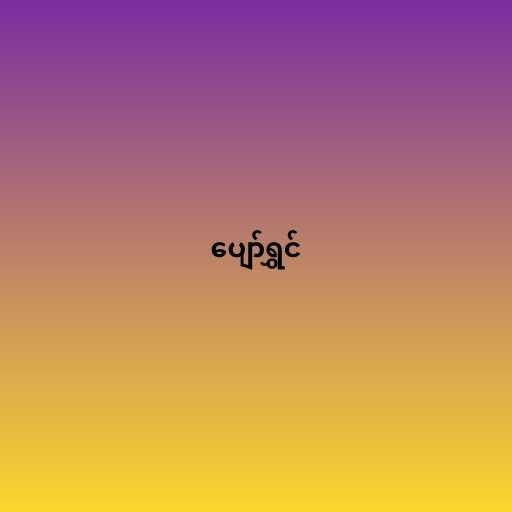
ပျော်ရွှင်